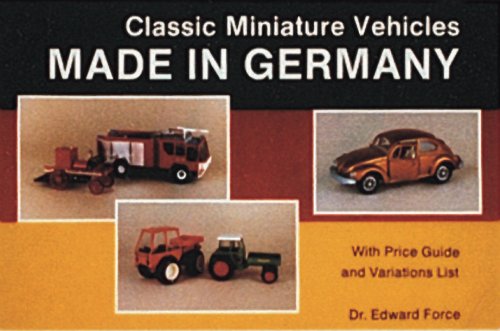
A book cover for Classic Miniature Vehicles: Made in Germany; Edward Force; Crafts, Hobbies & Home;